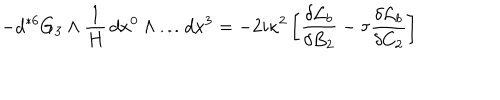
- d { } ^ { * 6 } G _ { 3 } \wedge \frac { 1 } { H } \, d x ^ { 0 } \wedge \dots d x ^ { 3 } = - 2 i \kappa ^ { 2 } \left[ \frac { \delta { \cal { L } } _ { b } } { \delta B _ { 2 } } - \tau \frac { \delta { \cal { L } } _ { b } } { \delta C _ { 2 } } \right]